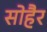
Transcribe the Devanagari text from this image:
सोहैर